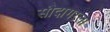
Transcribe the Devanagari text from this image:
सौदागरला